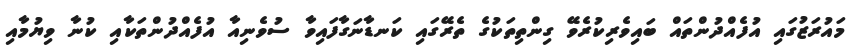
މައުރަޒުގައި އުފެއްދުންތައް ބައިވެރިކުރެވޭ ގިންތިތަކުގެ ތެރޭގައި ކަނޑާނަގާފައިވާ ސުވެނިއާ އުފެއްދުންތަކާއި ކުނާ ވިޔުމާއި